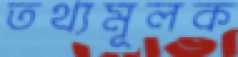
তথ্যমূলক